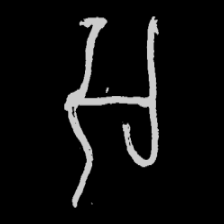
Pyu character \u2014 Myanmar letter: အ (romanized: a)